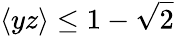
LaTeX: \langle yz\rangle\le 1-\sqrt{2}